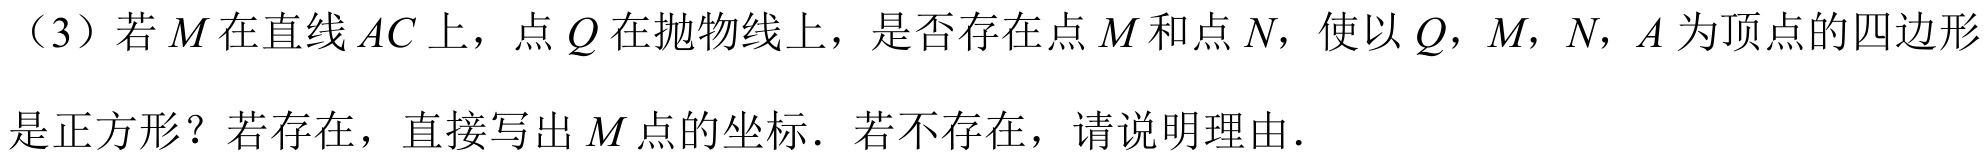
（3）若\(M\)在直线\(AC\)上，点\(Q\)在抛物线上，是否存在点\(M\)和点\(N\)，使以\(Q\)，\(M\)，\(N\)，\(A\)为顶点的四边形
是正方形？若存在，直接写出\(M\)点的坐标．若不存在，请说明理由．